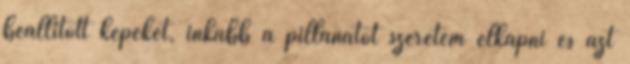
beállított képeket, inkább a pillanatot szeretem elkapni és azt